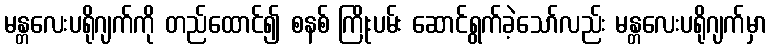
မန္တလေးပရိုဂျက်ကို တည်ထောင်၍ စနစ် ကြိုးပမ်း ဆောင်ရွက်ခဲ့သော်လည်း မန္တလေးပရိုဂျက်မှာ